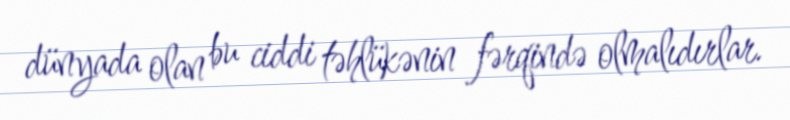
dünyada olan bu ciddi təhlükənin fərqində olmalıdırlar.